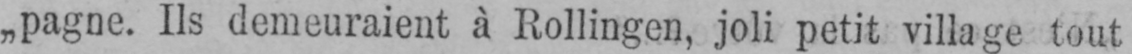
pagne. Ils demeuraient à Rollingen, joli petit village tout